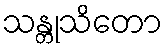
သန္တုသိတော